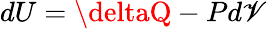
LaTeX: dU=\deltaQ-Pd\mathscr{V}